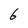
Character: 6